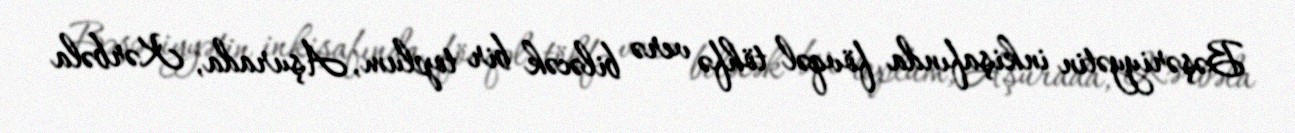
Bəşəriyyətin inkişafında fövqəl töhfə verə biləcək bir toplum, Aşurada, Kərbəla